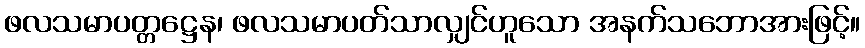
ဖလသမာပတ္တဋ္ဌေန၊ ဖလသမာပတ်သာလျှင်ဟူသော အနက်သဘောအားဖြင့်။